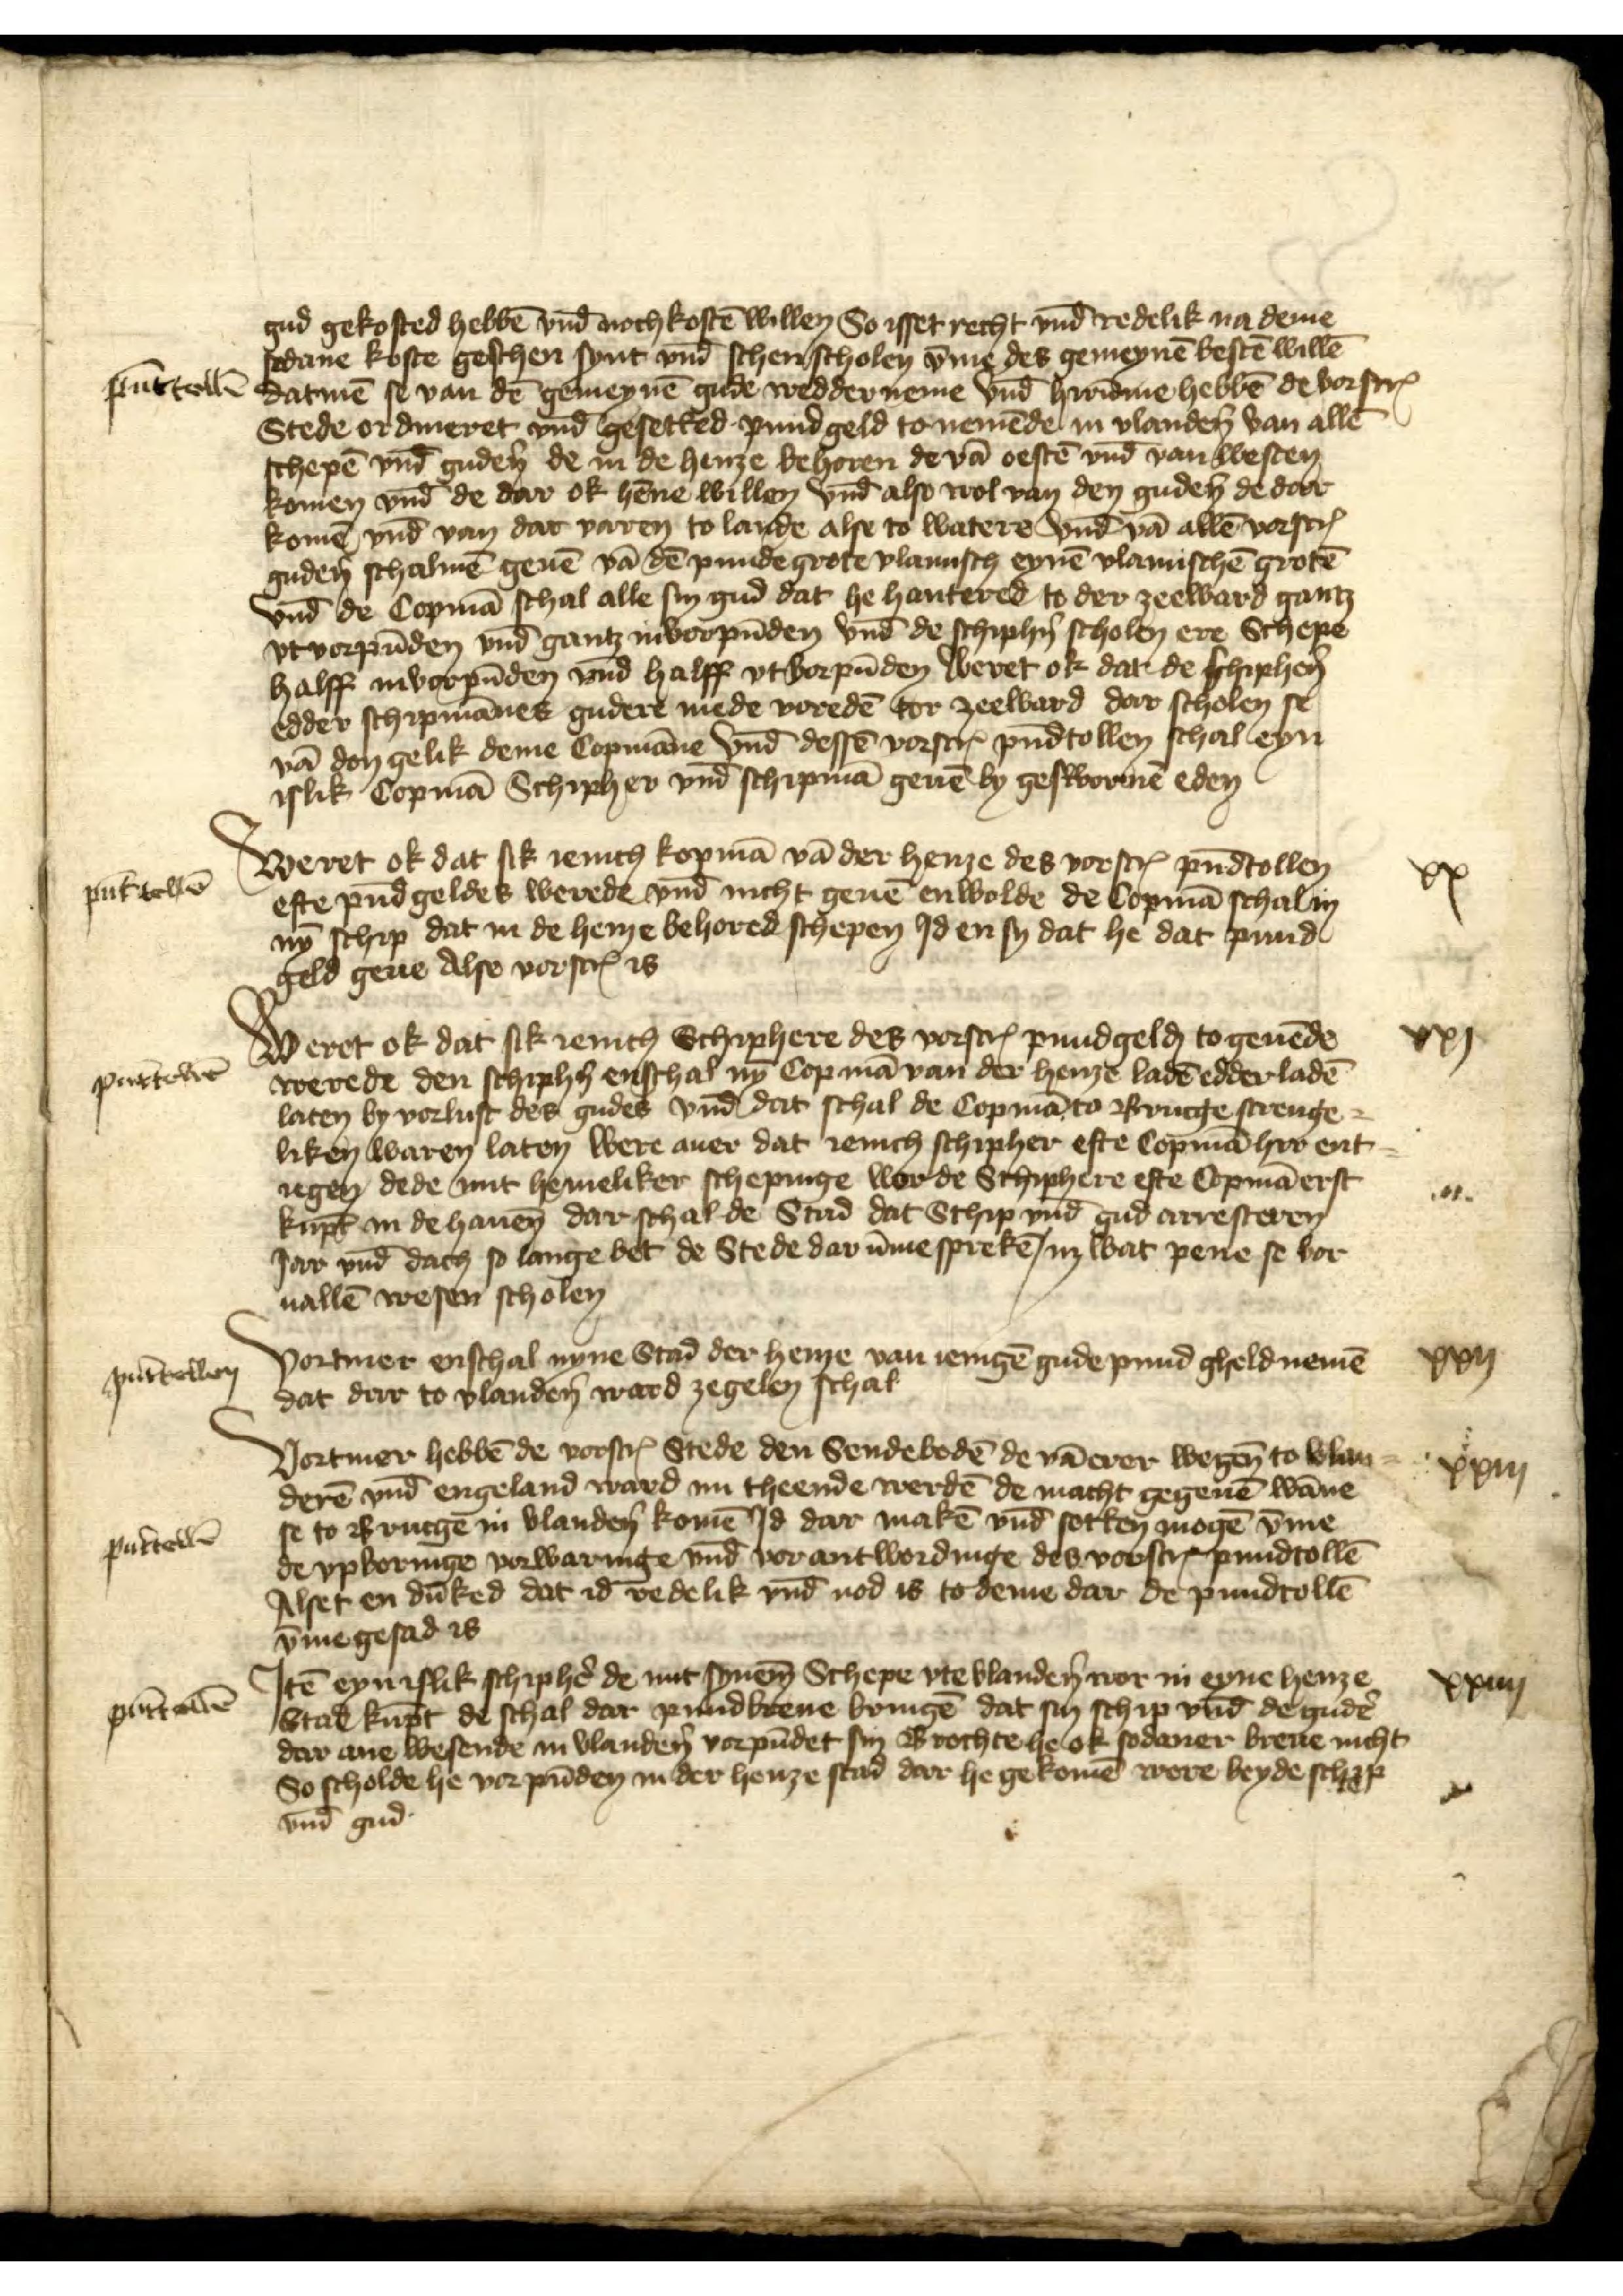
pūntollē

gud gekosted hebbē vnd̄ noch kostē willen So isset recht vnd̄ redelik na deme
sodane koste geschen synt vnd̄ schen scholen v̄me des gemeynē bestē willē
datmē se van dē gemeynē gude wedder neme vnd̄ Hirūme hebbē de vorscrꝬ
Stede ordineret vnd̄ gesetted pund geld to nemēde in Vlandẻn van allē
schepē vnd̄ gudẻn de in de henze behoren de vā oestē vnd̄ van westen
komen vnd̄ de dar ok hēne willen vnd̄ also wol van den gudẻn de dar
komē vnd̄ van dar varen to lande alse to watere vnd̄ vā allē vorscrꝬ
gudẻn schalmē geuē vā dē punde grote Vlamisch eynē vlamischē grotē
vnd̄ de Copmā schal alle sin gud dat he hantered to der zeeward gantz
vtvorpūden vnd̄ gantz invorpūden vnd de schiphẻ scholen ere Schepe
halff invorpūden vnd halff vtvorpūden weret ok dat de schiphẻn
edder schipmānes guder mede voredē tor zeeward dar scholen se
vā den gelik deme Copmāne vnd̄ dessē vorscrꝬ pundtollen schal eyn
islik Copmā Schipher vnd̄ schipmā geuē by gesworne eden

pūttollē

Weret ok dat sik ienich kopmā vā der henze des vorscrꝬ pūdtollen
efte pūdgeldes werede vnd̄ nicht geuē enwolde de Copmā schal in
nȳ schip dat in de henze behored schepen Jd en sy dat he dat pund¬
geld geue Alse voscrꝬ is

xx

pūttollē

Weret ok dat sik ienich Schiphere des vorscrꝬ pundgelḑ to geuēde
werede den schiphẻ enschal nȳ Copmā van der henze ladē edder ladē
laten by vorlust des gudes vnd̄ dat schal de Copmā to Brugge strenge¬
liken waren laten were auer dat Jenich schipher efte Copmā he ent¬
iegen dede mit hemeliker schepinge wor de Schiphere efte Copmā erst
kūpt in de hauen̄ dar schal de Stad dat Schip vnd̄ gud arresteren
Jar vnd̄ dach so lange bet de Stede darūme sprekē inz wat pene se vor¬
uallē wesen scholen

xxi

pūttollē

Vortmer enschal nyne Stad der henze van ienigē gude pund gheld nemē
dat dar to Vlandẻn ward zegelen schal

xxij

pūttollē

Vortmer hebbē de vorscrꝬ Stede den Sendebodē de vā erer wegen̄ to Vlan¬
derē vnd̄ Engeland ward nu theende werdē de macht gegeuē wāne
se to Brucgē in Vlandẻn komē Jd dar makē vnd̄ sotten mogē v̄me
de vpvoringe vorwaringe vnd̄ vor antwordinge des vorscrꝬ pundtollē
Alset en dūked dat id redelik vnd̄ nod is to deme dar de pundtollē
v̄megesad is

xxiij

pūttollē

Jtē eyn islik schiphẻ de mit synem Schepe vte Vlandẻn wor in eyne henze
Stad kūpt de schal dar pundbreue bringē dat sin schip vnd̄ de gudẻ
dar ane wesende in Vlandẻn vorpūdet sin Brochte he ok sodaner breue nicht
So scholde he vorpūden in der henze stad dar he gekomē were beyde schip
vnd̄ gud

xxiij